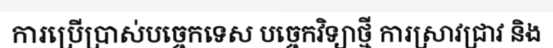
ការប្រើប្រាស់បច្ចេកទេស បច្ចេកវិទ្យាថ្មី ការស្រាវជ្រាវ និង